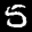
Label: 5